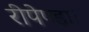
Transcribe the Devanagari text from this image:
रीपेण्डा।